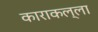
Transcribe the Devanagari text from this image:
काराकल्ला